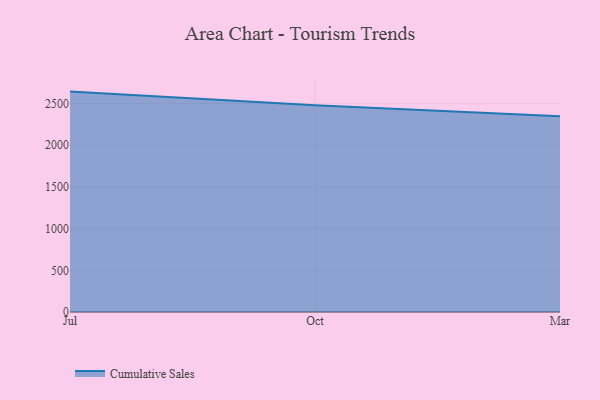
{"axis": {"x": "Month", "y": "Net Income (USD K)"}, "legend": ["Cumulative Sales"], "data": [{"x": "Jul", "y": 2643.7, "type": "Cumulative Sales"}, {"x": "Oct", "y": 2478.9, "type": "Cumulative Sales"}, {"x": "Mar", "y": 2347.6, "type": "Cumulative Sales"}]}